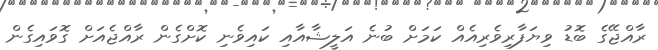
ރާއްޖޭގެ ބޮޑު ވިޔަފާރިވެރިއެއް ކަމަށް ބުނެ އަލީޝާއާއި ކައިވެނި ކޮށްގެން ރާއްޖެއަށް ގޮވައިގެން